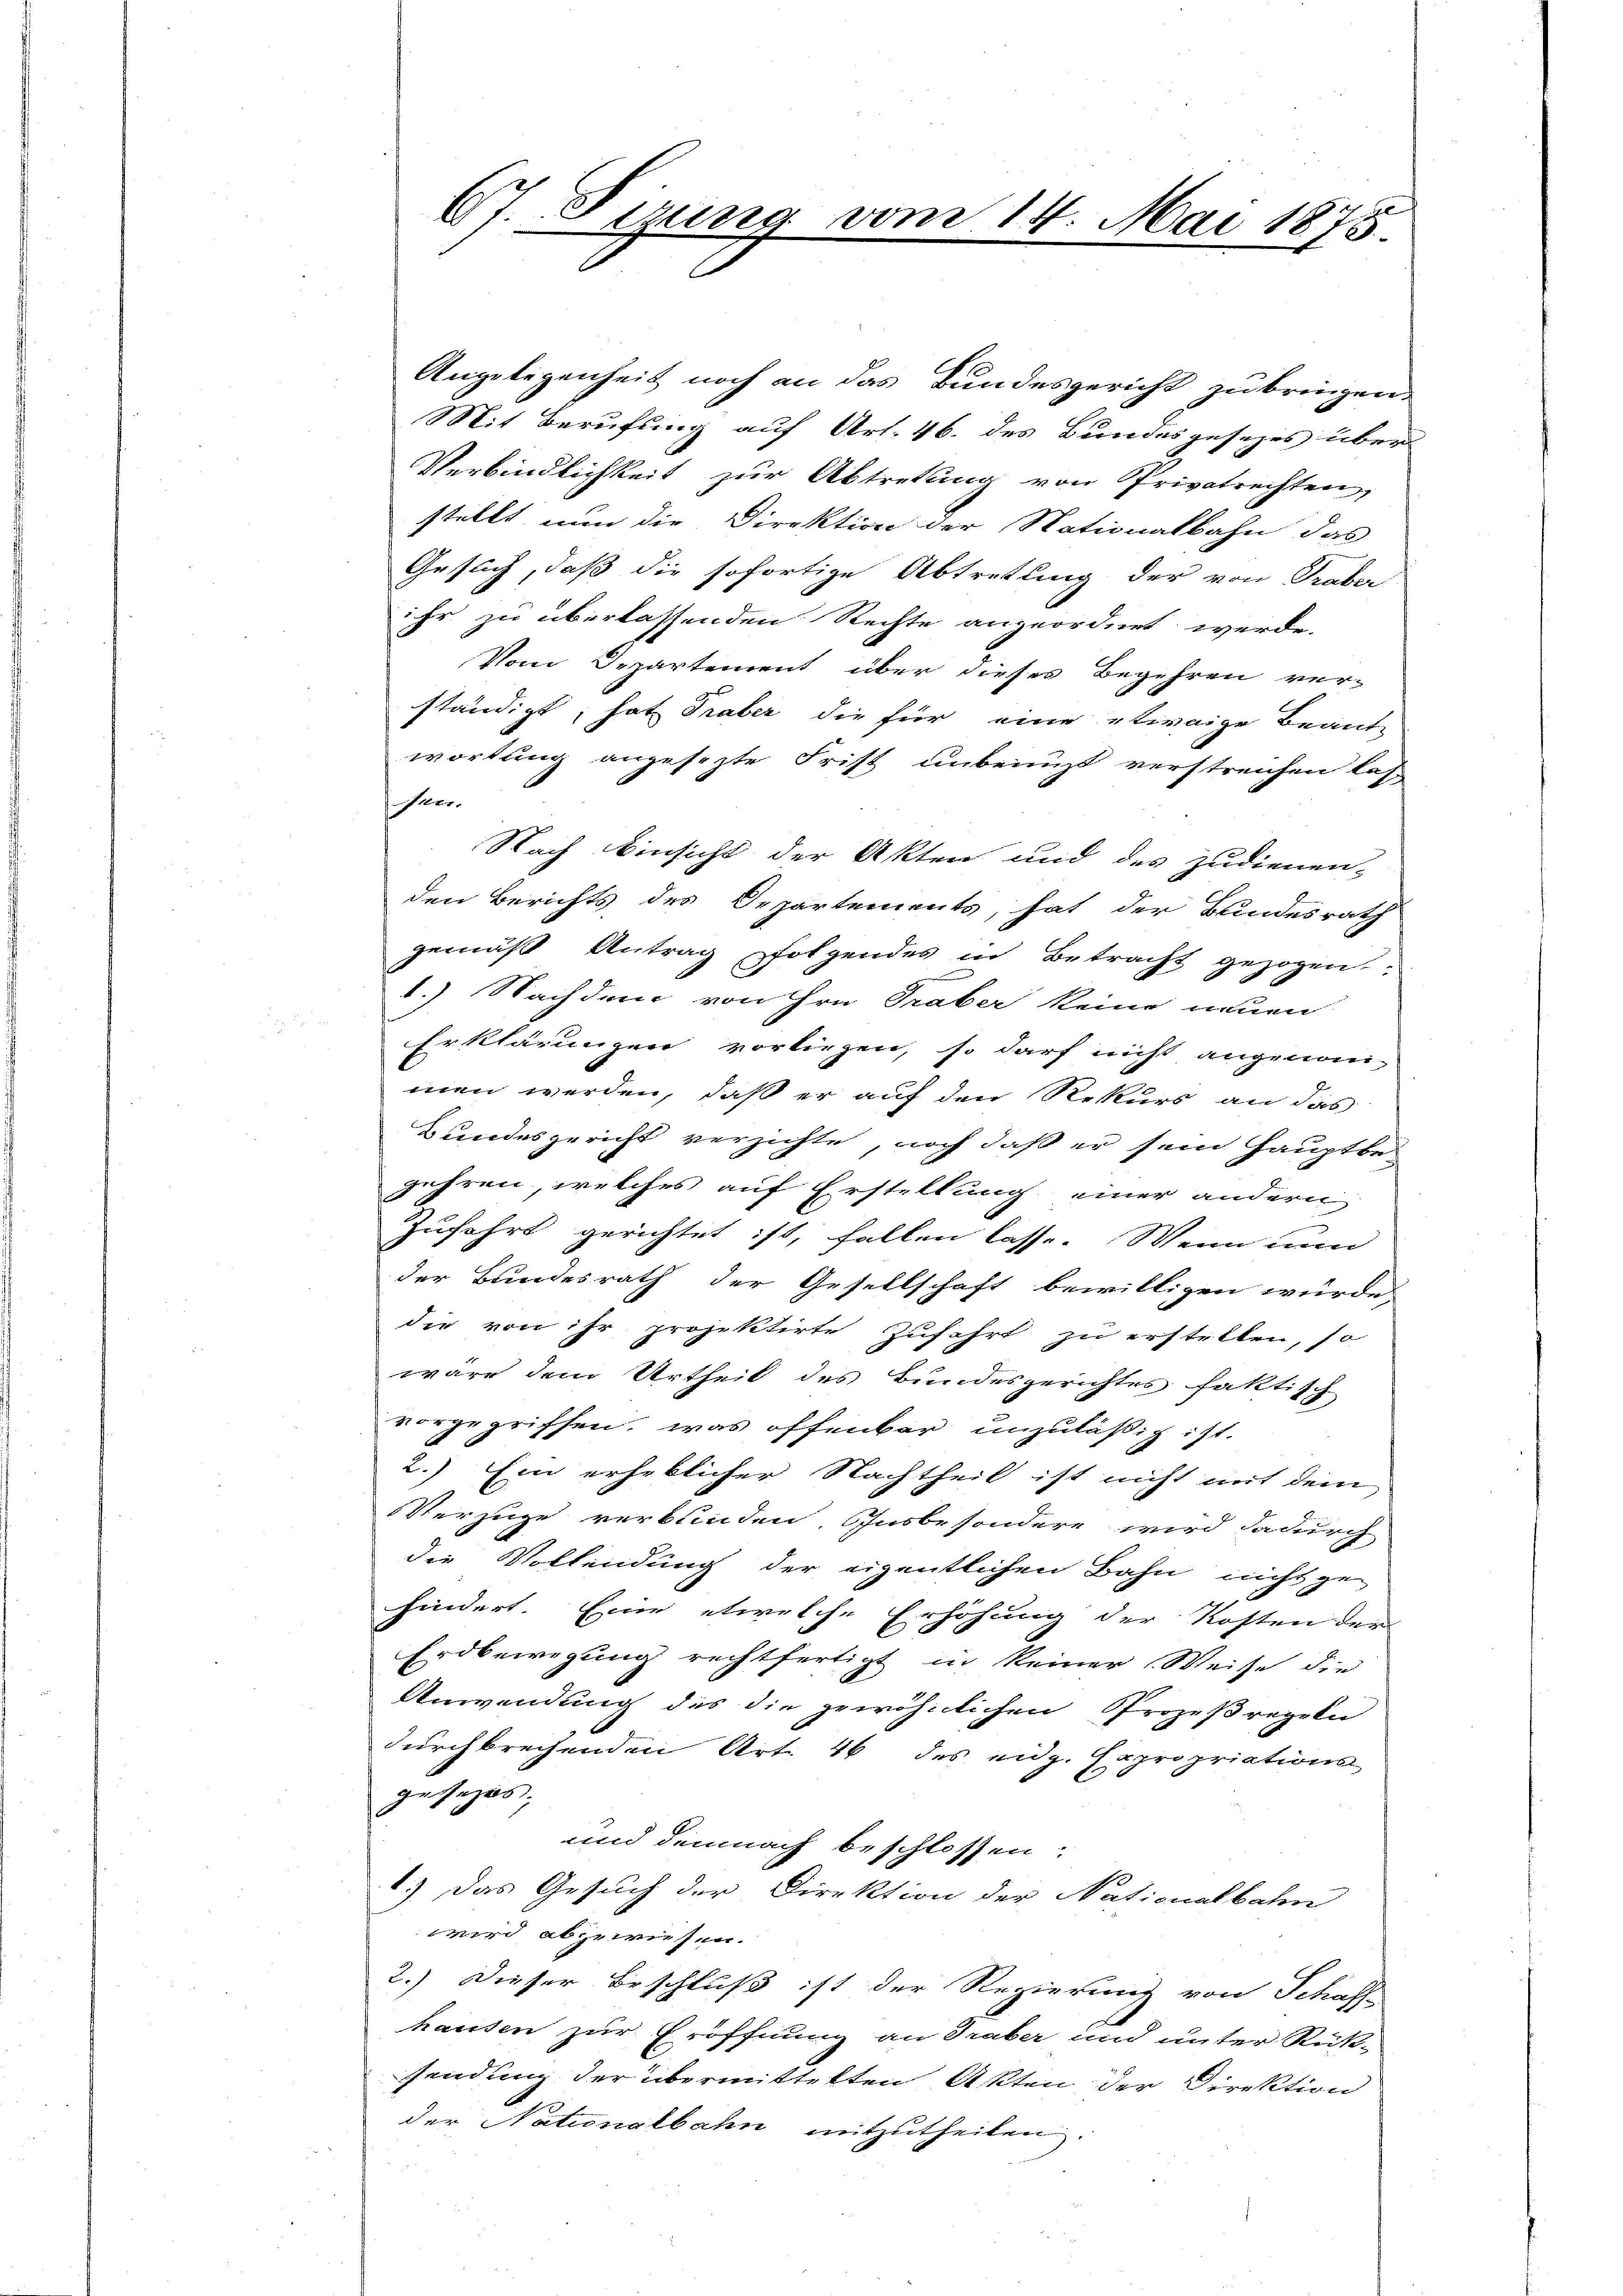
67. Fizung vom 14. Mai 1875.

Angelegenheit noch an das Bundesgericht zu bringen.
Mit Berufung auf Art. 46. des Bundesgesezes über
Verbindlichkeit zur Abtretung von Privatrechten,
stellt nun die Direktion der Nationalbahn das
Gesuch, daß die sofortige Abtretung der von Traber
ihr zu überlassenden Rechte angeordnet werde.
Vom Departement über dieses Begehren ver-
ständigt; hat Traber die für eine etwaige Beant-
wortung angesezte Frist unbenuzt verstreichen Tof
Iner.
Nach Einsicht der Akten und des zudienen-
den Berichts des Departements, hat der Bundesrath
gemäß Antrag folgendes in Betracht gezogen.
1.) Nachdem von Hrn. Traber keine neuen
Erklärungen vorliegen, so darf nicht angenom-
men werden, daß er auf den Rekurs an das
Bundesgericht verzichte, noch daß er sein Hauptbe-
gehren, welches auf Erstellung einer andern

Zufahrt gerichtet ist, fallen lasse. Wenn nun
der Bundesrath der Gesellschaft bewilligen würde,
die von ihr projektirte Zufahrt zu erstellen, so
wäre dem Urtheil des Bundesgerichtes faktisch
vorgegriffen, was offenbar unzuläßig ist.
2.) Ein erheblicher Nachtheil ist nicht mit dem
Verzüge verbunden, Gusbesondere wird dadurch
die Vollendung der eigentlichen Bahn nicht gehindert. Eine etwelche Erhöhung der Kosten der
Erdbewegung rechtfertigt in keiner Weise die
Anwendung des die gewöhnlichen Prozeßregeln
durchbrechenden Art. 46 des eidg. Expropriations
gesezes;
und demnach beschlossen:
1.) Das Gesuch der Direktion der Nationalbahn
wird abgewiesen.
2.) Dieser Beschluß ist der Regierung von Schaff-
hausen zur Eröffnung an Traber und unter Rück-
sendung der übermittelten Akten der Direktion
der Nationalbahn mitzutheilen.